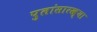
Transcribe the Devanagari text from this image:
पुलांसारख्या